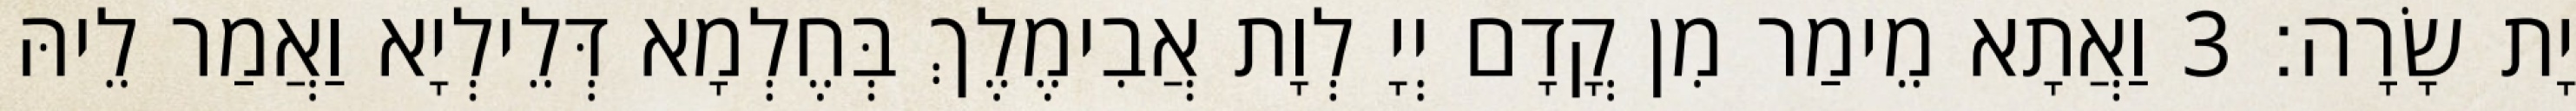
יָת שָׂרָה׃ 3 וַאֲתָא מֵימַר מִן קֳדָם יְיָ לְוָת אֲבִימֶלֶךְ בְּחֶלְמָא דְּלֵילְיָא וַאֲמַר לֵיהּ